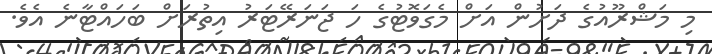
މި މަޝްރޫއުގެ ދަށުން އަށް މެގަވޮޓުގެ ހަ ޖަނަރޭޓަރު އިތުރަށް ބަހައްޓާނެ އެވެ.